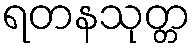
ရတနသုတ္တ